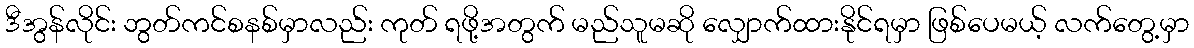
ဒီအွန်လိုင်း ဘွတ်ကင်စနစ်မှာလည်း ကုတ် ရဖို့အတွက် မည်သူမဆို လျှောက်ထားနိုင်ရမှာ ဖြစ်ပေမယ့် လက်တွေ့မှာ